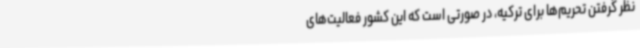
نظر گرفتن تحریم‌ها برای ترکیه، در صورتی است که این کشور فعالیت‌های